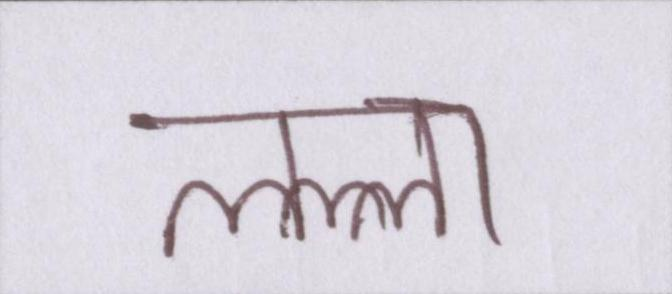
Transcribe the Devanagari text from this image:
लल्ला